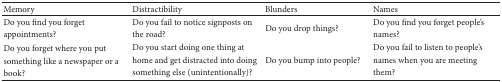
<table><thead><tr><td><b>Memory</b></td><td><b>Distractibility</b></td><td><b>Blunders</b></td><td><b>Names</b></td></tr></thead><tbody><tr><td>Do you find you forget appointments? </td><td>Do you fail to notice signposts on the road?</td><td>Do you drop things? </td><td>Do you find you forget people's names?</td></tr><tr><td>Do you forget where you put something like a newspaper or a book? </td><td>Do you start doing one thing at home and get distracted into doing something else (unintentionally)?</td><td>Do you bump into people?</td><td>Do you fail to listen to people's names when you are meeting them?</td></tr></tbody></table>